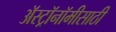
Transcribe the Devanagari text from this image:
अॅस्ट्रॉनॉमीसाठी